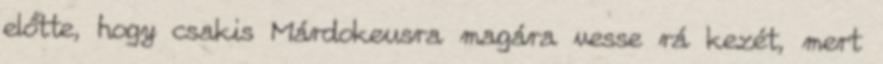
előtte, hogy csakis Márdokeusra magára vesse rá kezét, mert